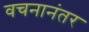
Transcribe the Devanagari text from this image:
वचनानंतर